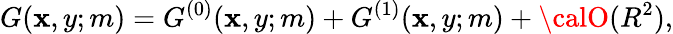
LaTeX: G(\mathbf{x},y;m)=G^{(0)}(\mathbf{x},y;m)+G^{(1)}(\mathbf{x},y;m)+{\calO}(R^{2}),